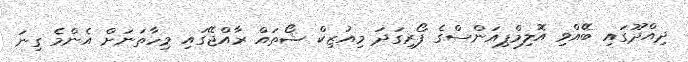
ދިއްދޫގައި ބޭއްވި އޮލިމްޕިއަންސްގެ ފޯރިގަދަ މިއުޒިކް ޝޯތައް ރާއްޖޭގައި މިހާތަނަށް އެންމެ ގިނަ